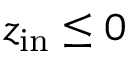
z _ { \mathrm { i n } } \le 0